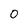
Character: 0